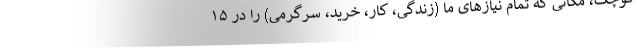
کوچک، مکانی که تمام نیازهای ما (زندگی، کار، خرید، سرگرمی) را در ۱۵